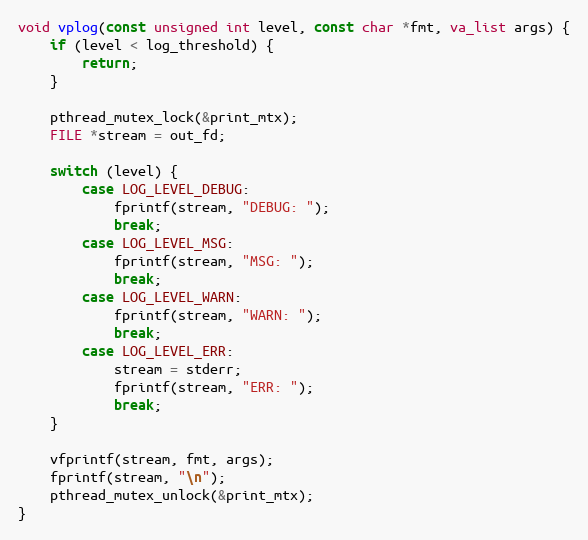
Language: C
void vplog(const unsigned int level, const char *fmt, va_list args) {
    if (level < log_threshold) {
        return;
    }

    pthread_mutex_lock(&print_mtx);
    FILE *stream = out_fd;

    switch (level) {
        case LOG_LEVEL_DEBUG:
            fprintf(stream, "DEBUG: ");
            break;
        case LOG_LEVEL_MSG:
            fprintf(stream, "MSG: ");
            break;
        case LOG_LEVEL_WARN:
            fprintf(stream, "WARN: ");
            break;
        case LOG_LEVEL_ERR:
            stream = stderr;
            fprintf(stream, "ERR: ");
            break;
    }

    vfprintf(stream, fmt, args);
    fprintf(stream, "\n");
    pthread_mutex_unlock(&print_mtx);
}